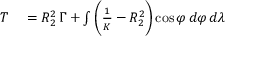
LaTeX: \begin{array} { r l } { T } & { { } = R _ { 2 } ^ { 2 } \, \Gamma + \int { \biggl ( } { \frac { 1 } { K } } - R _ { 2 } ^ { 2 } { \biggr ) } \cos \varphi \, d \varphi \, d \lambda } \end{array}